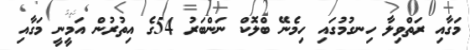
މަގާއި ރަތްވިލާ ހިނގުމުގައި ހިމެނޭ ބްލޮކް ނަންބަރު 54ގެ އިތުރުން އަމީނީ މަގާއި